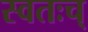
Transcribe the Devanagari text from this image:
स्वतःच्